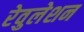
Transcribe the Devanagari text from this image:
रेवुलेशन